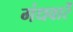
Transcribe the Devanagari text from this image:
गंधवारें